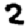
Digit: 2